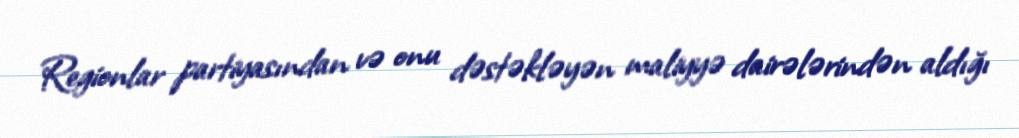
Regionlar partiyasından və onu dəstəkləyən maliyyə dairələrindən aldığı